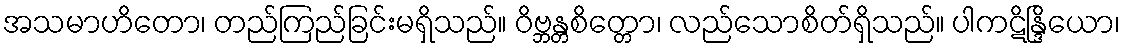
အသမာဟိတော၊ တည်ကြည်ခြင်းမရှိသည်။ ဝိဗ္ဘန္တစိတ္တော၊ လည်သောစိတ်ရှိသည်။ ပါကဋိန္ဒြိယော၊